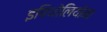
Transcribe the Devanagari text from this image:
इपिथोलियोमा